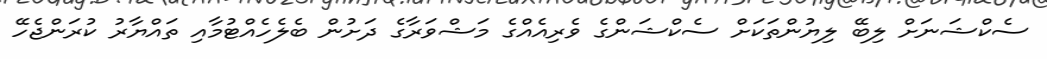
ސެކްޝަނަށް ލިބޭ ލިޔުންތަކަށް ސެކްޝަންގެ ވެރިއެއްގެ މަޝްވަރާގެ ދަށުން ބެލެހެއްޓުމާއި ތައްޔާރު ކުރަންޖެހޭ